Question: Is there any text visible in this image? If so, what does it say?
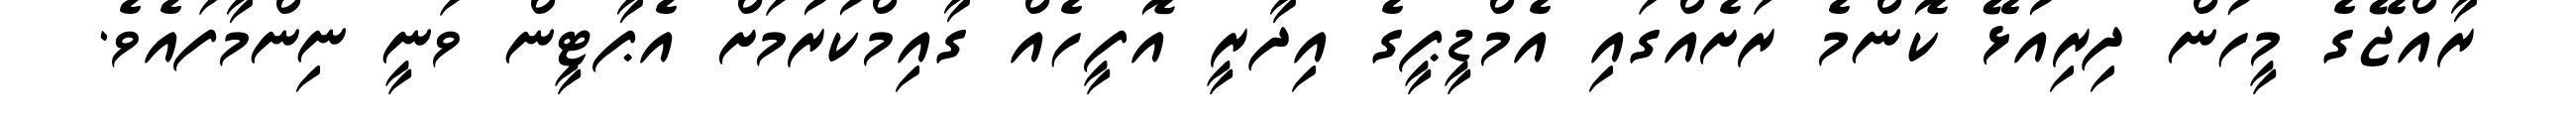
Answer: ރާއްޖޭގެ މީހުން ދިރިއުޅޭ ކޮންމެ ރަށެއްގައި އެމްޑީޕީގެ އިދާރީ އޮފީހެއް ގާއިމްކުރުމަށް އެޕާޓީން ވަނީ ނިންމާފައެވެ.